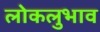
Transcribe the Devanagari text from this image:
लोकलुभाव